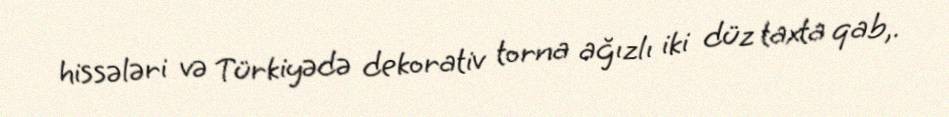
hissələri və Türkiyədə dekorativ torna ağızlı iki düz taxta qab,.